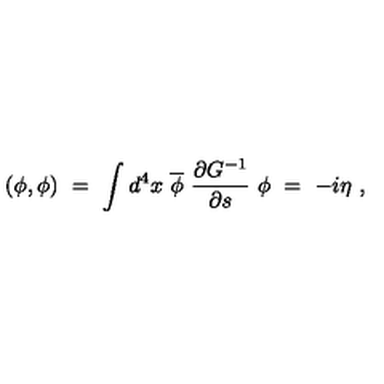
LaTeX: ( \phi , \phi ) \ = \ \int d ^ { 4 } x \ \overline { \phi } \ \frac { \partial G ^ { - 1 } } { \partial s } \ \phi \ = \ - i \eta \ ,